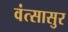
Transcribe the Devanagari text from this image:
वंत्सासुर